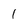
Character: I